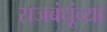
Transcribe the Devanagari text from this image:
राजबंधूंच्या